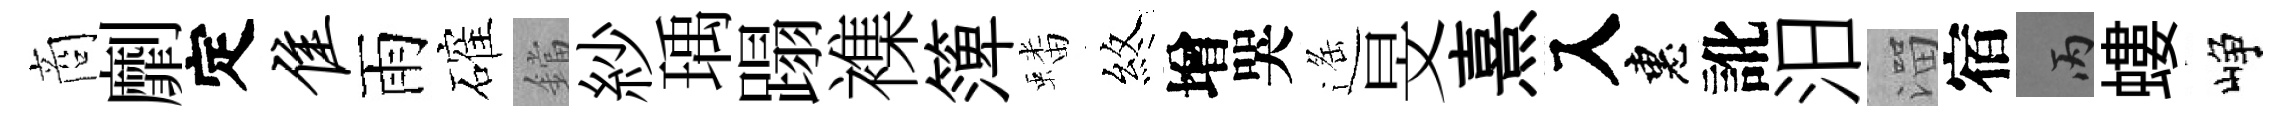
商劘定隹雨確鐺紗瑀蹋襍𥱼蟠煞增哭遥旻熹入惠訛汨溜宿丙螻峥